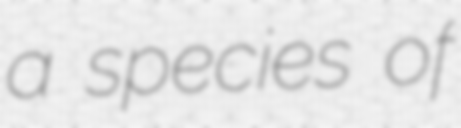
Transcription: a species of